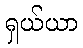
ရှယ်ယာ